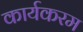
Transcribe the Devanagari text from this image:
कार्यकरम